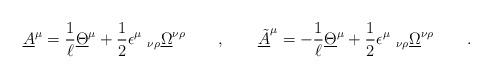
LaTeX: \begin{align*} \underline{A}^{ \mu} = \frac 1 \ell \underline{\Theta}^{ \mu} + {1\over 2} \epsilon^{ \mu}\ _{ \nu\rho} \underline{\Omega}^{ \nu \rho} \qquad , \qquad \underline{\tilde A}^{ \mu} = - \frac 1 \ell \underline{\Theta}^{ \mu} + {1\over 2} \epsilon^{ \mu}\ _{ \nu\rho} \underline{\Omega}^{ \nu \rho} \qquad .\end{align*}